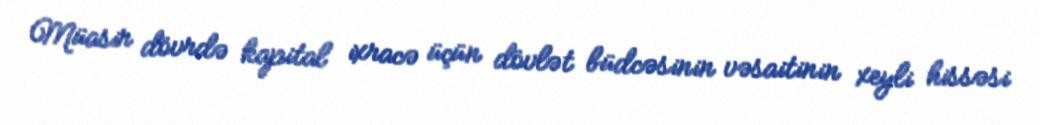
Müasir dövrdə kapital ixracə üçün dövlət büdcəsinin vəsaitinin xeyli hissəsi